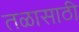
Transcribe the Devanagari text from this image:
तळासाठी